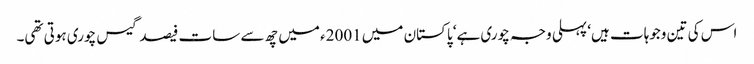
اس کی تین وجوہات ہیں‘ پہلی وجہ چوری ہے‘ پاکستان میں 2001ء میں چھ سے سات فیصد گیس چوری ہوتی تھی۔